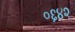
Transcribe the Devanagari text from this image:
०६४२